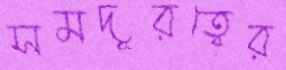
সমদূরত্বের